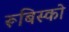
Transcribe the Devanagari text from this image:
रूबिस्को